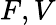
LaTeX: F,V